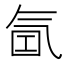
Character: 𰛁